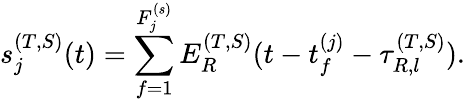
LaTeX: s_{j}^{(T,S)}(t)=\sum_{f=1}^{F_{j}^{(s)}}E_{R}^{(T,S)}(t-t_{f}^{(j)}-\tau_{R,l}^{(T,S)}).